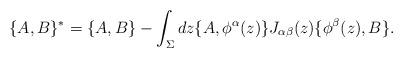
LaTeX: \begin{align*}\{ A, B \}^* = \{A, B \} - \int_\Sigma dz \{A, \phi^\alpha(z)\}J_{\alpha \beta}(z) \{\phi^\beta(z), B \} .\end{align*}